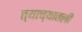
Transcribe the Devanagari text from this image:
त्याच्यातली